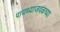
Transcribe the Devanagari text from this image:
पायथ्याजवळच्या